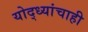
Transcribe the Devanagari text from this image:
योद्ध्यांचाही